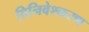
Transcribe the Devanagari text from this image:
विनिवेश्करण